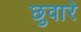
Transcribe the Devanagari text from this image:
छुवारे